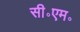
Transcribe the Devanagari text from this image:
सी॰एम॰